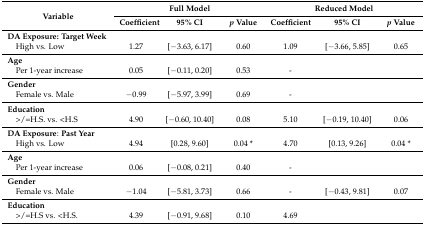
<table><thead><tr><td rowspan="2"><b>Variable</b></td><td colspan="3"><b>Full Model</b></td><td colspan="3"><b>Reduced Model</b></td></tr><tr><td><b>Coefficient</b></td><td><b>95% CI</b></td><td><b><i>p</i> Value</b></td><td><b>Coefficient</b></td><td><b>95% CI</b></td><td><b><i>p</i> Value</b></td></tr></thead><tbody><tr><td><b>DA Exposure: Target Week</b></td><td></td><td></td><td></td><td></td><td></td><td></td></tr><tr><td> High vs. Low</td><td>1.27</td><td>[−3.63, 6.17]</td><td>0.60</td><td>1.09</td><td>[−3.66, 5.85]</td><td>0.65</td></tr><tr><td><b>Age</b></td><td></td><td></td><td></td><td></td><td></td><td></td></tr><tr><td> Per 1-year increase</td><td>0.05</td><td>[−0.11, 0.20]</td><td>0.53</td><td>-</td><td></td><td></td></tr><tr><td><b>Gender</b></td><td></td><td></td><td></td><td></td><td></td><td></td></tr><tr><td> Female vs. Male</td><td>−0.99</td><td>[−5.97, 3.99]</td><td>0.69</td><td>-</td><td></td><td></td></tr><tr><td><b>Education</b></td><td></td><td></td><td></td><td></td><td></td><td></td></tr><tr><td> &gt;/=H.S. vs. &lt;H.S</td><td>4.90</td><td>[−0.60, 10.40]</td><td>0.08</td><td>5.10</td><td>[−0.19, 10.40]</td><td>0.06</td></tr><tr><td><b>DA Exposure</b>: <b>Past Year</b></td><td></td><td></td><td></td><td></td><td></td><td></td></tr><tr><td> High vs. Low</td><td>4.94</td><td>[0.28, 9.60]</td><td>0.04 *</td><td>4.70</td><td>[0.13, 9.26]</td><td>0.04 *</td></tr><tr><td><b>Age</b></td><td></td><td></td><td></td><td></td><td></td><td></td></tr><tr><td> Per 1-year increase</td><td>0.06</td><td>[−0.08, 0.21]</td><td>0.40</td><td>-</td><td></td><td></td></tr><tr><td><b>Gender</b></td><td></td><td></td><td></td><td></td><td></td><td></td></tr><tr><td> Female vs. Male</td><td>−1.04</td><td>[−5.81, 3.73]</td><td>0.66</td><td>-</td><td>[−0.43, 9.81]</td><td>0.07</td></tr><tr><td><b>Education</b></td><td></td><td></td><td></td><td></td><td></td><td></td></tr><tr><td> &gt;/=H.S vs. &lt;H.S.</td><td>4.39</td><td>[−0.91, 9.68]</td><td>0.10</td><td>4.69</td><td></td><td></td></tr></tbody></table>